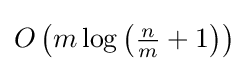
O\left(m\log \left({\tfrac {n}{m}}+1\right)\right)